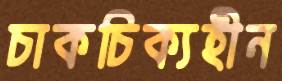
চাকচিক্যহীন